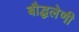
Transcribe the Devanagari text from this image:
बौद्घलेणी